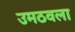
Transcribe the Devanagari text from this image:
उमठवला